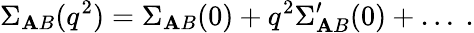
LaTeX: \Sigma_{\mathbf{A}B}(q^{2})=\Sigma_{\mathbf{A}B}(0)+q^{2}\Sigma_{\mathbf{A}B}^{\prime}(0)+\ldots~.